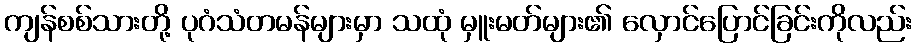
ကျန်စစ်သားတို့ ပုဂံသံတမန်များမှာ သထုံ မှူးမတ်များ၏ လှောင်ပြောင်ခြင်းကိုလည်း